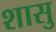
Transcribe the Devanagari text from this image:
शासु